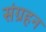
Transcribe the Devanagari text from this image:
संग्रहन